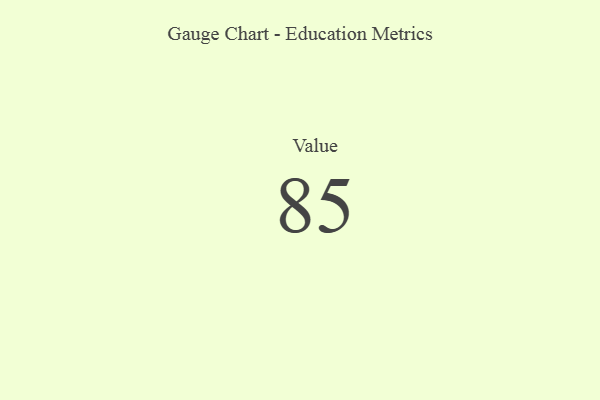
{"axis": {"x": "Metric", "y": "Value"}, "legend": [""], "data": [{"x": "Value", "y": 85, "type": ""}]}